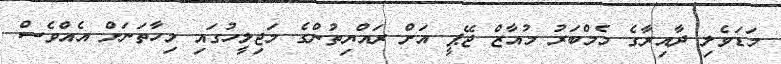
މަޑަވެލި ދާއިރާގެ މެމްބަރު މުއާޒް ޖޭޕީ އަށް ރައްޔިތުންގެ މަޖިލީހުގައި މިހާތަނަށް އެއްވެސް